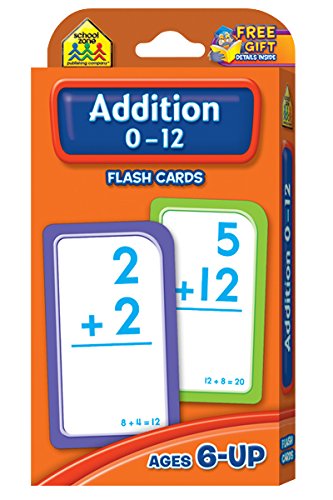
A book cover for Addition 0-12 Flash Cards; School Zone Publishing Company Staff; Children's Books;